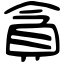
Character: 貪